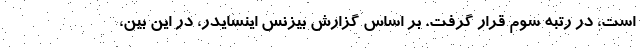
است، در رتبه سوم قرار گرفت. بر اساس گزارش بیزنس اینسایدر، در این بین،